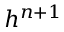
h ^ { n + 1 }